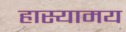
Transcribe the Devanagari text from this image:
हास्यामय